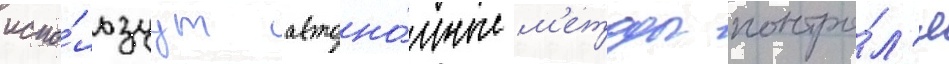
испо́льзуут автоно́мные м'етоды контро́л'я